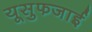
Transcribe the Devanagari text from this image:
यूसुफजाई